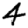
Digit: 4